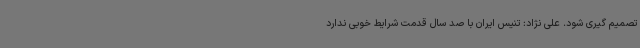
تصمیم گیری شود. علی نژاد: تنیس ایران با صد سال قدمت شرایط خوبی ندارد